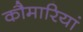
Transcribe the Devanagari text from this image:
कौमारियां